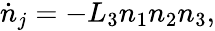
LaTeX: \dot{n}_{j}=-L_{3}n_{1}n_{2}n_{3},